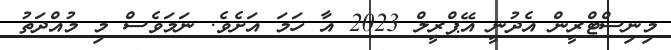
މިނިސްޓްރީން އެދުނީ އޭޕްރީލް 2023 އާ ހަމަ އަށެވެ. ނަމަވެސް މި މުއްދަތު